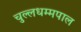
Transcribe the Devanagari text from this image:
चुल्लधम्मपाल